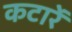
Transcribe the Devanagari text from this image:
कटारें